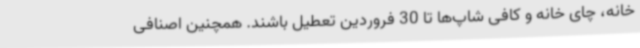
خانه، چای خانه و کافی شاپ‌ها تا 30 فروردین تعطیل باشند. همچنین اصنافی